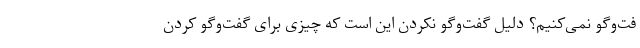
فت‌وگو نمی‌کنیم؟ دلیل گفت‌وگو نکردن این است که چیزی برای گفت‌وگو کردن